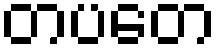
တပတေ